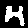
Label: 4